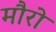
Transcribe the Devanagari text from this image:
मौरो